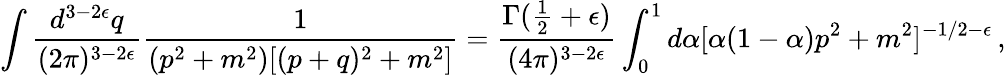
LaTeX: \int{\frac{d^{3-2\epsilon}q}{(2\pi)^{3-2\epsilon}}}{\frac{1}{(p^{2}+m^{2})[(p+q)^{2}+m^{2}]}}={\frac{\Gamma(\textstyle{\frac{1}{2}}+\epsilon)}{(4\pi)^{3-2\epsilon}}}\int_{0}^{1}d\alpha[\alpha(1-\alpha)p^{2}+m^{2}]^{-1/2-\epsilon}\, ,